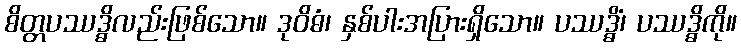
စိတ္တပဿဒ္ဓိလည်းဖြစ်သော။ ဒုဝိဓံ၊ နှစ်ပါးအပြားရှိသော။ ပဿဒ္ဓိံ၊ ပဿဒ္ဓိကို။